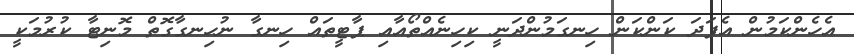
އެހެންކަމުން އެފަދަ ކަންކަން ހިނގަމުންދަނީ ކިހިނެއްތޯއާއި ޕާޓީތައް ހިނގާ ނުހިނގާގޮތް މޮނިޓާ ކުރުމަކީ